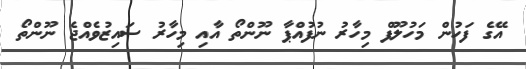
އޭގެ ފަހުން މަހުލޫފް މިހާރު ނުފުއްޕާ ނޫންތޯ އާއި މިހާރު ސައިޒުވެއްޖެ ނޫންތޯ